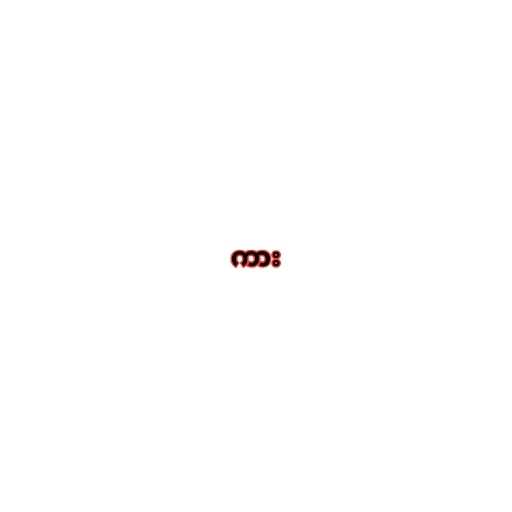
ကား